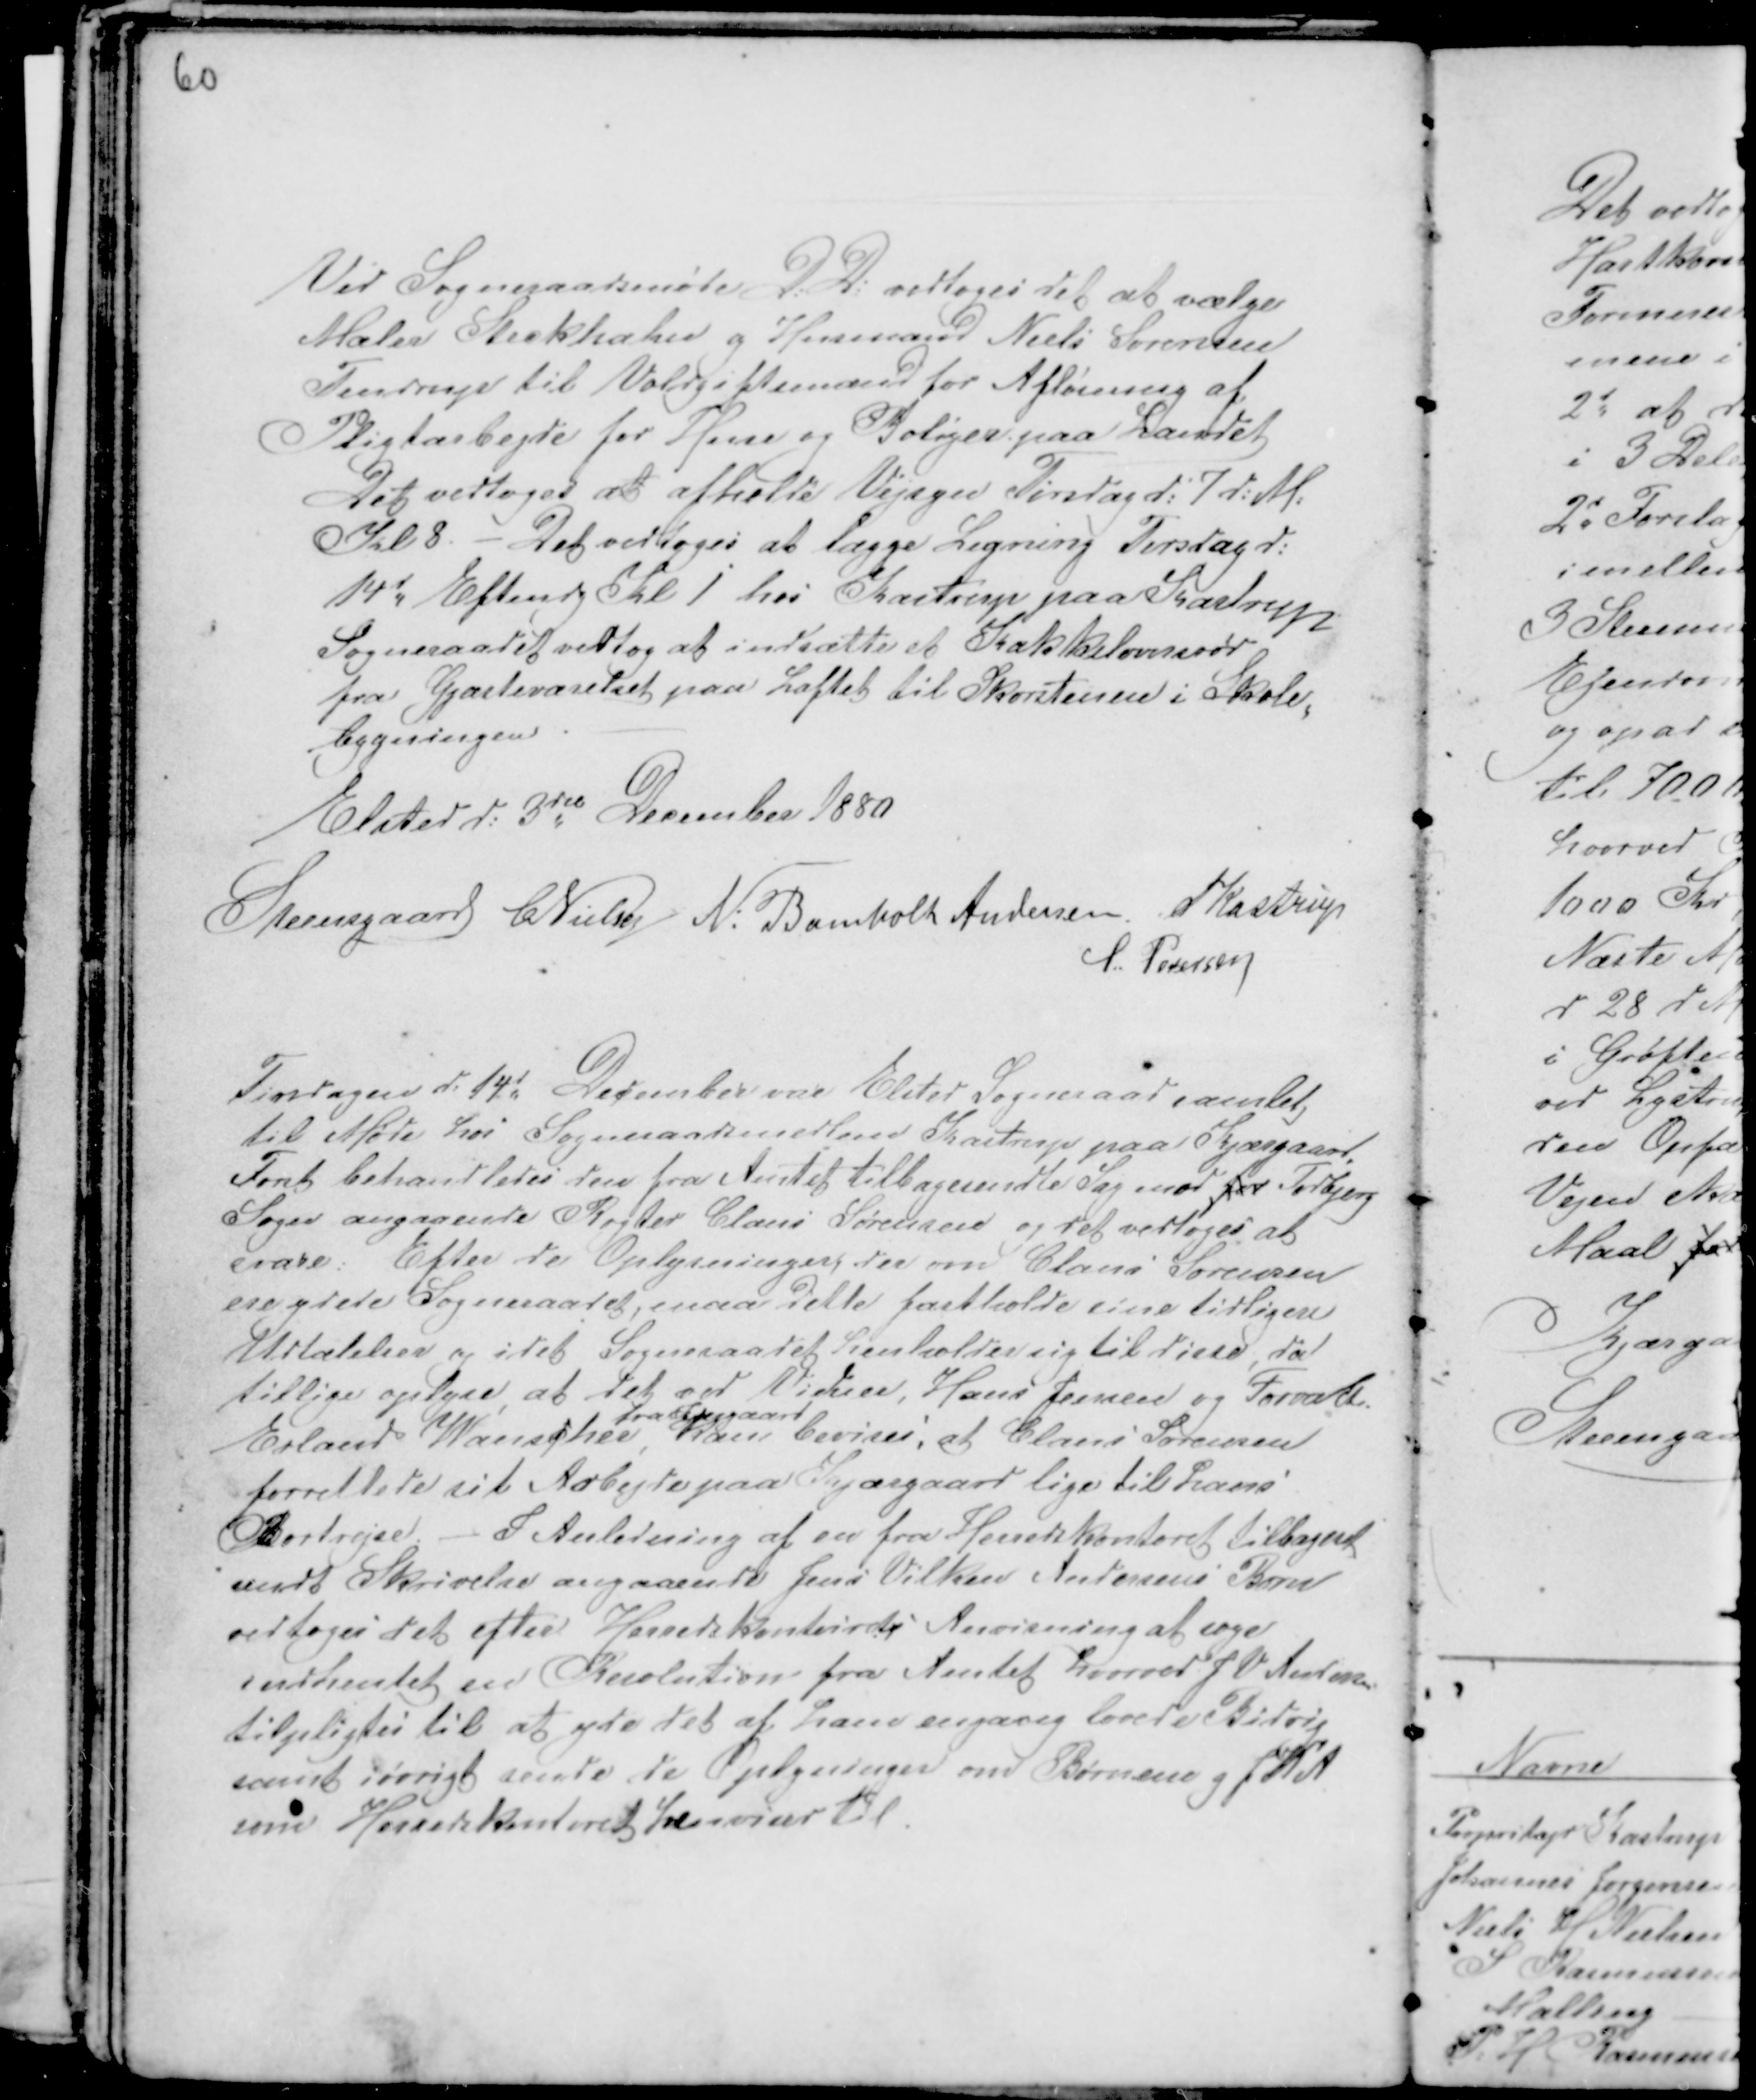
Transskription:
60

Ved Sogneraadsmøde D: D: vedtoges det at vælge
Maler Steckhahn g Husmand Niels Sørensen
Tendrup til Voldgiftsmænd for Afløsning af
Pligtarbejde for Huse og Boliger paa Landet
Det vedtoges at afholde Vejsyn Tirsdag d: 7 d:M:
Kl 8. - Det vedtoges at lægge Ligning Tirsdag d:
14d Eftendg Kl 1 hos Kastrup paa Kastrup
Sogneraadet vedtog at indsætte et Kakkelovnsrør
fra Gjæsteværelset paa Loftet til Skorstenen Skole-
bygningen. -
Elsted d: 3die December 1880
Steensgaard CNielsen N: Bomholt Andersen Kastrup
S Pedersen

Tirsdagen d: 14d December vae Elsted Sogneraad samlet
til Møde hos Sogneraadsmedlem Kastrup paa Kjærgaard.
Først behandledes den fra Amtet tilbagesendte Sag mod for Todbjerg
Sogn angaaende Røgter Claus Sørensen og det vedtoges at
svare: Efter de Oplysninger, der om Claus Sørensen
ere ydede Sogneraadet, maa dette fastholde sine tidligere
Udtalelser og idet Sogneraadet henholder sig til disse, da
tillige oplyse, at det ved Vidner, Hans Jensen og Forvald.
Erland Wanschee,
fra Kjærgaard
kan bevises, at Claus Sørensen
forrettede sit Arbejde paa Kjærgaard lige til hans
Bortrejse. - I Anledning af en fra Herredeskontoret tilbagent
sendt Skrivelse angaaende Jens Vilken Andersens Børn
vedtoges det efter Herredskontorets Anvisning at søge
indhentet en Resolusion fra Amtet hvorved J V Andersen
tilpligtes til at yde det af ham engang lovede Bidrig
samt iøvrigt sende de Oplysninger om Børnene g JVA
som Herredskontoret henviser til.